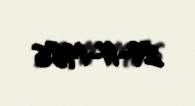
29-11-1986